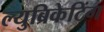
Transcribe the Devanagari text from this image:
ल्युब्रिकेटिंग